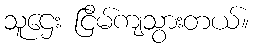
သူဌေး ငြိမ်ကျသွားတယ်။